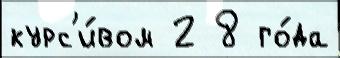
курс'и́вом 2 8 го́да